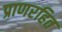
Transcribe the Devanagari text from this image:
प्राणरहित